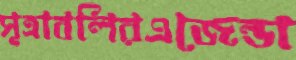
সূত্রাবলিরএজেন্ডা